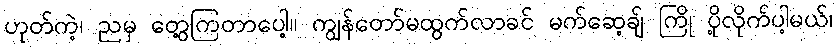
ဟုတ်ကဲ့၊ ညမှ တွေ့ကြတာပေါ့။ ကျွန်တော်မထွက်လာခင် မက်ဆေ့ချ် ကြို ပို့လိုက်ပါ့မယ်၊